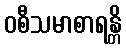
ဝစီသမာစာရန္တိ